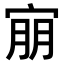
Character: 𫳕